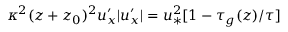
\kappa ^ { 2 } ( z + z _ { 0 } ) ^ { 2 } u _ { x } ^ { \prime } | u _ { x } ^ { \prime } | = u _ { \ast } ^ { 2 } [ 1 - \tau _ { g } ( z ) / \tau ]